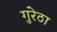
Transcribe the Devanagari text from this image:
गुरेठा